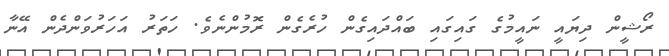
ރޯޝީން ދިޔައީ ނައީމުގެ ގައިގައި ބައްދައިގެން ހުރެގެން ރޮމުންނެވެ. ހަތަރު އަހަރުވަންދެން އޭނާ